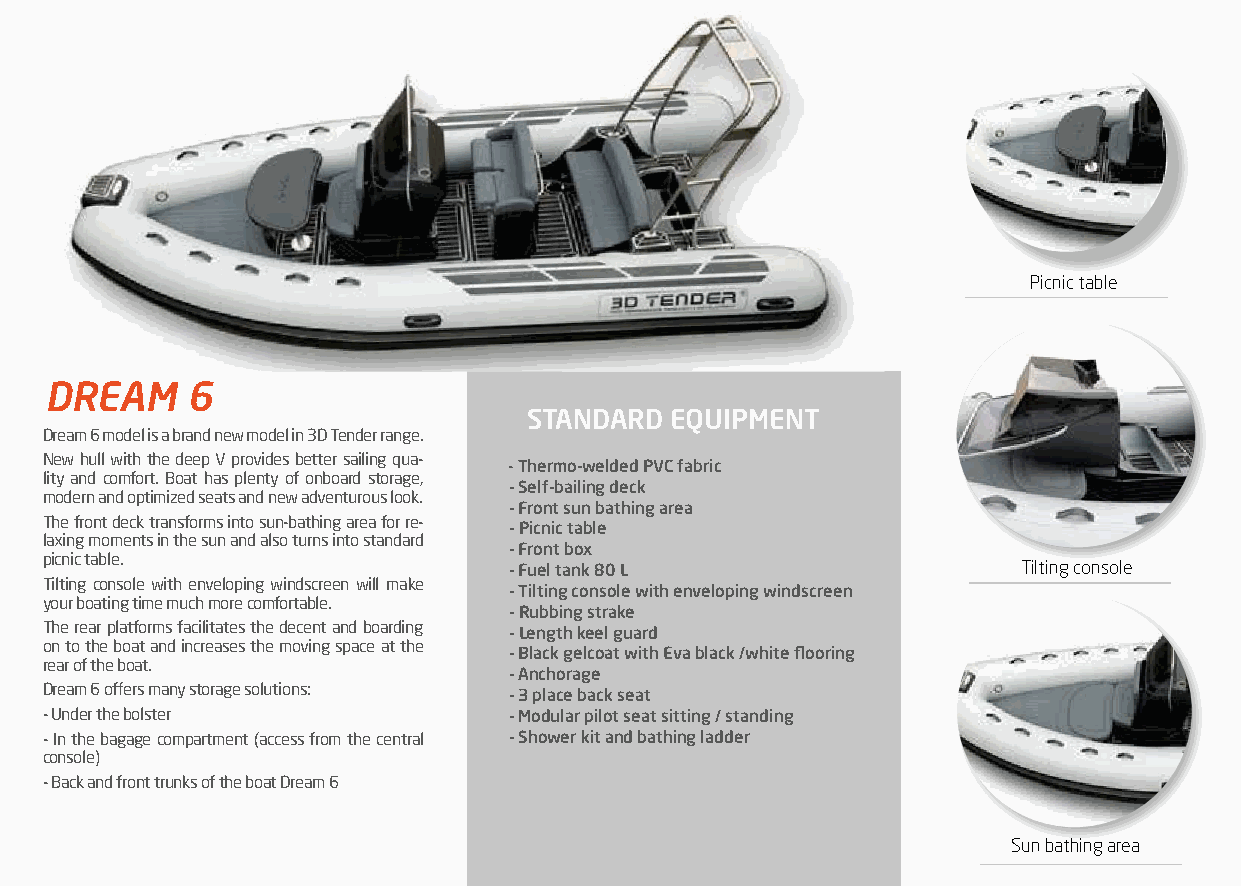
Picnic table
 DREAM    6
 STANDARD EQUIPMENT
 Dream 6 model is a brand new model in 3D Tender range. EQUIPEMENT STANDARD
 New hull with the deep V provides better sailing qua-
 - Thermo-welded PVC fabric
 lity and comfort. Boat has plenty of onboard storage,
 - Self-bailing deck
 modern and optimized seats and new adventurous look.
 - Front sun bathing area
 The front deck transforms into sun-bathing area for re-
 - Picnic table
 laxing moments in the sun and also turns into standard
 - Front box
 picnic table.
 - Fuel tank 80 L                  Tilting console
 Tilting console with enveloping windscreen will make
 - Tilting console with enveloping windscreen
 your boating time much more comfortable.
 - Rubbing strake
 The rear platforms facilitates the decent and boarding - Length keel guard
 on to the boat and increases the moving space at the
 - Black gelcoat with Eva black /white flooring
 rear of the boat.
 - Anchorage
 Dream 6 offers many storage solutions: - 3 place back seat
 - Under the bolster            - Modular pilot seat sitting / standing
 - In the bagage compartment (access from the central - Shower kit and bathing ladder
 console)
 - Back and front trunks of the boat Dream 6
 12                                                                Sun bathing area